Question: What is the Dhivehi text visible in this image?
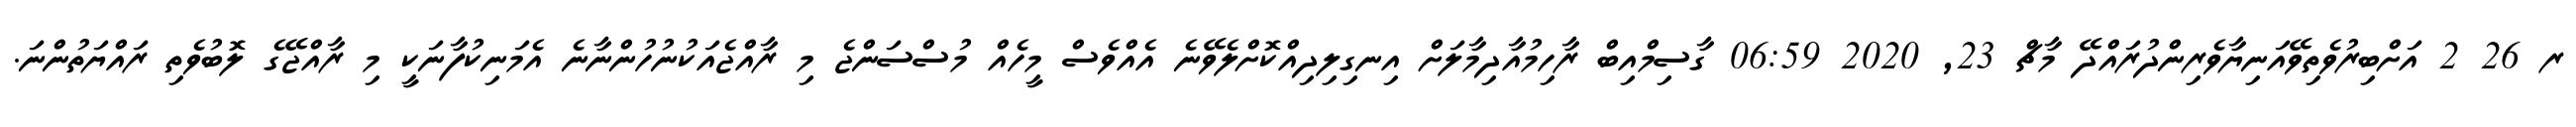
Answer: ރ 26 2 އަށްބިރުވެތިވޭއަނިޔާވެރިންދުރައްދޭ މާޗް 23, 2020 06:59 ގާސިމްއިބް ރާހިމުއާދިމާލަށް އިނގިލިދިއްކޮށްލެވޭނެ އެއްވެސް މީހެއް މުސްސަންޖެ މި ރާއްޖެއަކުނުހުންނާނެ އެމަނިކުފާނަކީ މި ރާއްޖޭގެ ލޮބުވެތި ރައްޔަތުންނަ.